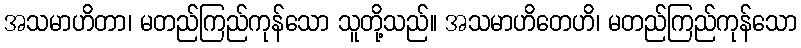
အသမာဟိတာ၊ မတည်ကြည်ကုန်သော သူတို့သည်။ အသမာဟိတေဟိ၊ မတည်ကြည်ကုန်သော